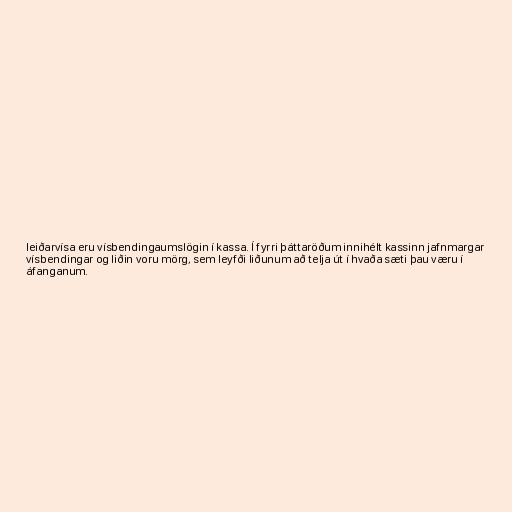
leiðarvísa eru vísbendingaumslögin í kassa. Í fyrri þáttaröðum innihélt kassinn jafnmargar
vísbendingar og liðin voru mörg, sem leyfði liðunum að telja út í hvaða sæti þau væru í
áfanganum.